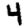
Digit: 4